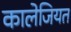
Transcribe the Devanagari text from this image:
कालेजियत